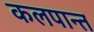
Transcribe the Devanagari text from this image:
कलपान्त